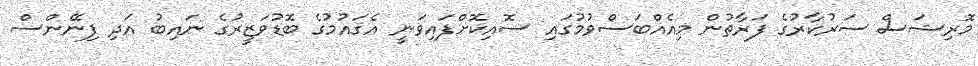
މޮރިޝަސް ސަރުކާރުގެ ފަރާތުން މިއެއްބަސްވުމުގައި ސޮއިކޮށްފައިވަނީ އެޤައުމުގެ ބޮޑުވަޒީރުގެ ނައިބު އަދި ފިނޭންސް